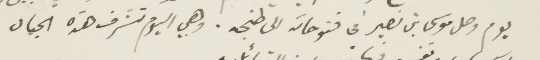
يوم وصل موسى بن نصير في فقوحاته الى طنجه. وهي اليوم تشرف هذه الجبال